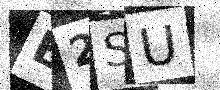
Text: E2SU